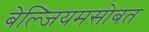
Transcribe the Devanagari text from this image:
बेल्जियमसोबत